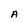
Character: A